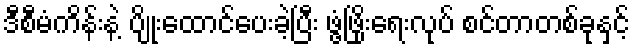
ဒီစီမံကိန်းနဲ့ ပျိုးထောင်ပေးခဲ့ပြီး ဖွံ့ဖြိုးရေးလုပ် စင်တာတစ်ခုနှင့်